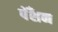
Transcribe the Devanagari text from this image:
पेँशन